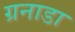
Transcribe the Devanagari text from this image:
ग्रनाडा